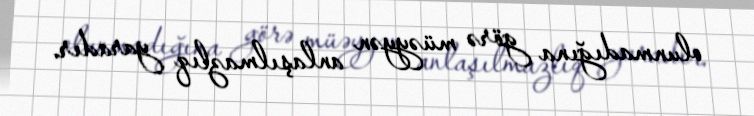
olunmadığına görə müəyyən anlaşılmazlıq yaradır.